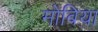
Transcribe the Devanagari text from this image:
मोबिया